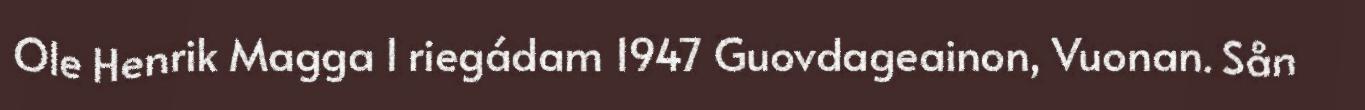
Ole Henrik Magga l riegádam 1947 Guovdageainon, Vuonan. Sån